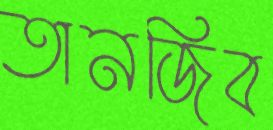
তানজিব